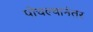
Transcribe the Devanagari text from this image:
पोचल्यानंतर